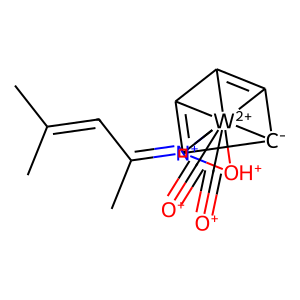
SMILES: CC(C)=CC(C)=[N+]1[OH+][W+2]12345(C#[O+])(C#[O+])C1=C2[C-]3C4=C15
Inhibits HIV replication: No